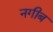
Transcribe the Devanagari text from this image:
नगीब